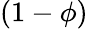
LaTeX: (1-\phi)